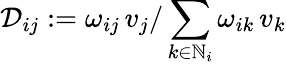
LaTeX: \mathcal{D}_{ij}:=\omega_{ij}\, v_{j}/\sum_{k\in\mathbb{N}_{i}}\omega_{ik}\, v_{k}